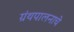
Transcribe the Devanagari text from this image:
ग्रंथपालनाचे